Materia medica of Madras volume I
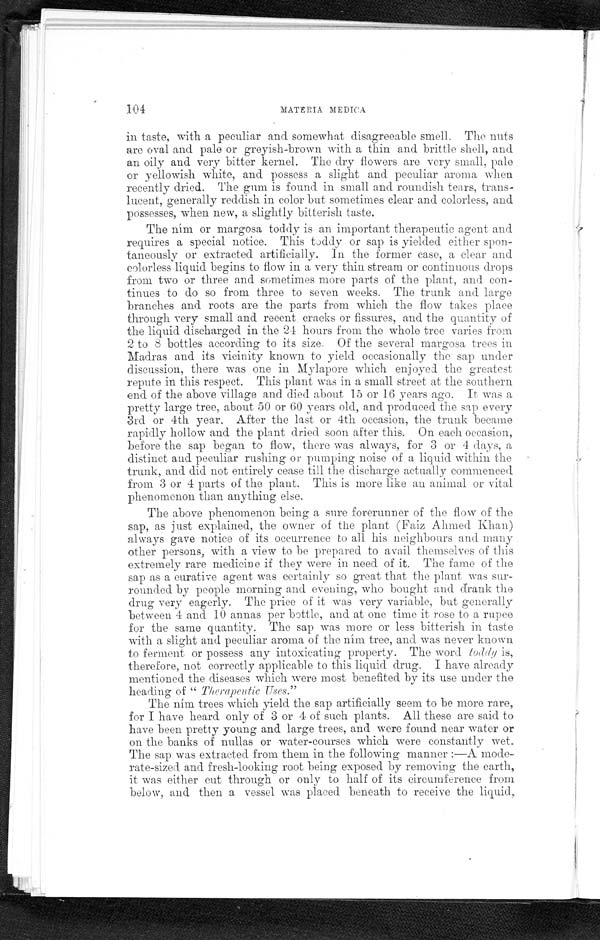
104
MATERIAL MEDICAL
in taste, with a peculiar and somewhat disagreeable smell. The nuts
are oval and pale or greyish-brown with a thin and brittle shell, and
an oily and very bitter kernel. The dry flowers are very small, pale
or yellowish white, and possess a slight and peculiar aroma when
recently dried. The gum is found in small and roundish tears, trans-
lucent, generally reddish in color but sometimes clear and colorless, and
possesses, when new, a slightly bitterish taste.
The ním or margosa toddy is an important therapeutic agent and
requires a special notice. This toddy or sap is yielded either spon-
taneously or extracted artificially. In the former case, a clear and
colorless liquid begins to flow in a very thin stream or continuous drops
from two or three and sometimes more parts of the plant, and con-
tinues to do so from three to seven weeks. The trunk and large
branches and roots are the parts from which the flow takes place
through very small and recent cracks or fissures, and the quantity of
the liquid discharged in the 24 hours from the whole tree varies from
2 to 8 bottles according to its size. Of the several margosa trees in
Madras and its vicinity known to yield occasionally the sap under
discussion, there was one in Mylapore which enjoyed the greatest
repute in thins respect. This plant was in a small street at the southern
end of the above village and died about 15 or 16 years ago. It was a
pretty large tree, about 50 or 60 years old, and produced the sap every
3rd or 4th year. After the last or 4th occasion, the trunk became
rapidly hollow and the plant dried soon after this. On each occasion,
before the sap began to flow, there was always, for 3 or 4 days, a
distinct and peculiar rushing or pumping noise of a liquid within the
trunk, and did not entirely cease till the discharge actually commenced
from 3 or 4 parts of the plant. This is more like au animal or vital
phenomenon than anything else.
The above phenomenon being a sure forerunner of the flow of the
sap, as just explained, the owner of the plant (Faiz Aimed Khan)
always gave notice of its occurrence to all his neighbours and many
other persons, with a view to be prepared to avail themselves of this
extremely rare medicine if they were in need of it. The fame of the
sap as a curative agent was certainly so great that the plant was sur-
rounded by people morning and evening, who bought and drank the
drug very eagerly . T h e p r i c e o f i t w a s v e r y v a r i a b l e , b u t g e n e r a l l y
between 4 and 10 annas per bottle, and at one time it rose to a rupee
for the same quantity. The sap was more or less bitterish in taste
with a slight and peculiar aroma of the ním tree, and was never known
to ferment or possess any intoxicating property. The word toddy is,
therefore, not correctly applicable to this liquid drug. I have already
mentioned the diseases which were most benefited by its use under the
healing of "Therapeutic Uses."
The ním trees which yield the sap artificially seem to be more rare,
for I have heard only of 3 or 4 of such plants. All these are said to
have been pretty young and large trees, and were found near water or
on the banks of nullas or water-courses which were constantly wet.
The sap was extracted from them in the following manner:—A mode-
rate-sized and fresh-looking root being exposed by removing the earth,
it was either cut through or only to half of its circumference from
below, and then a vessel was placed beneath to receive the liquid,